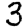
Digit: 3